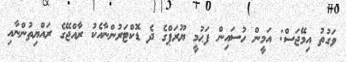
ވަގުތު އިމޭޖަސް: އަމީން ހުސައިން ފަޙުމީ ޔޫރަޕްގެ ދެ ޑޮކްޓަރުންނާއެކު ރާއްޖޭގެ ރައްޔިތުންނާއި